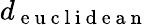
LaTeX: d_{\mathrm{~e~u~c~l~i~d~e~a~n~}}